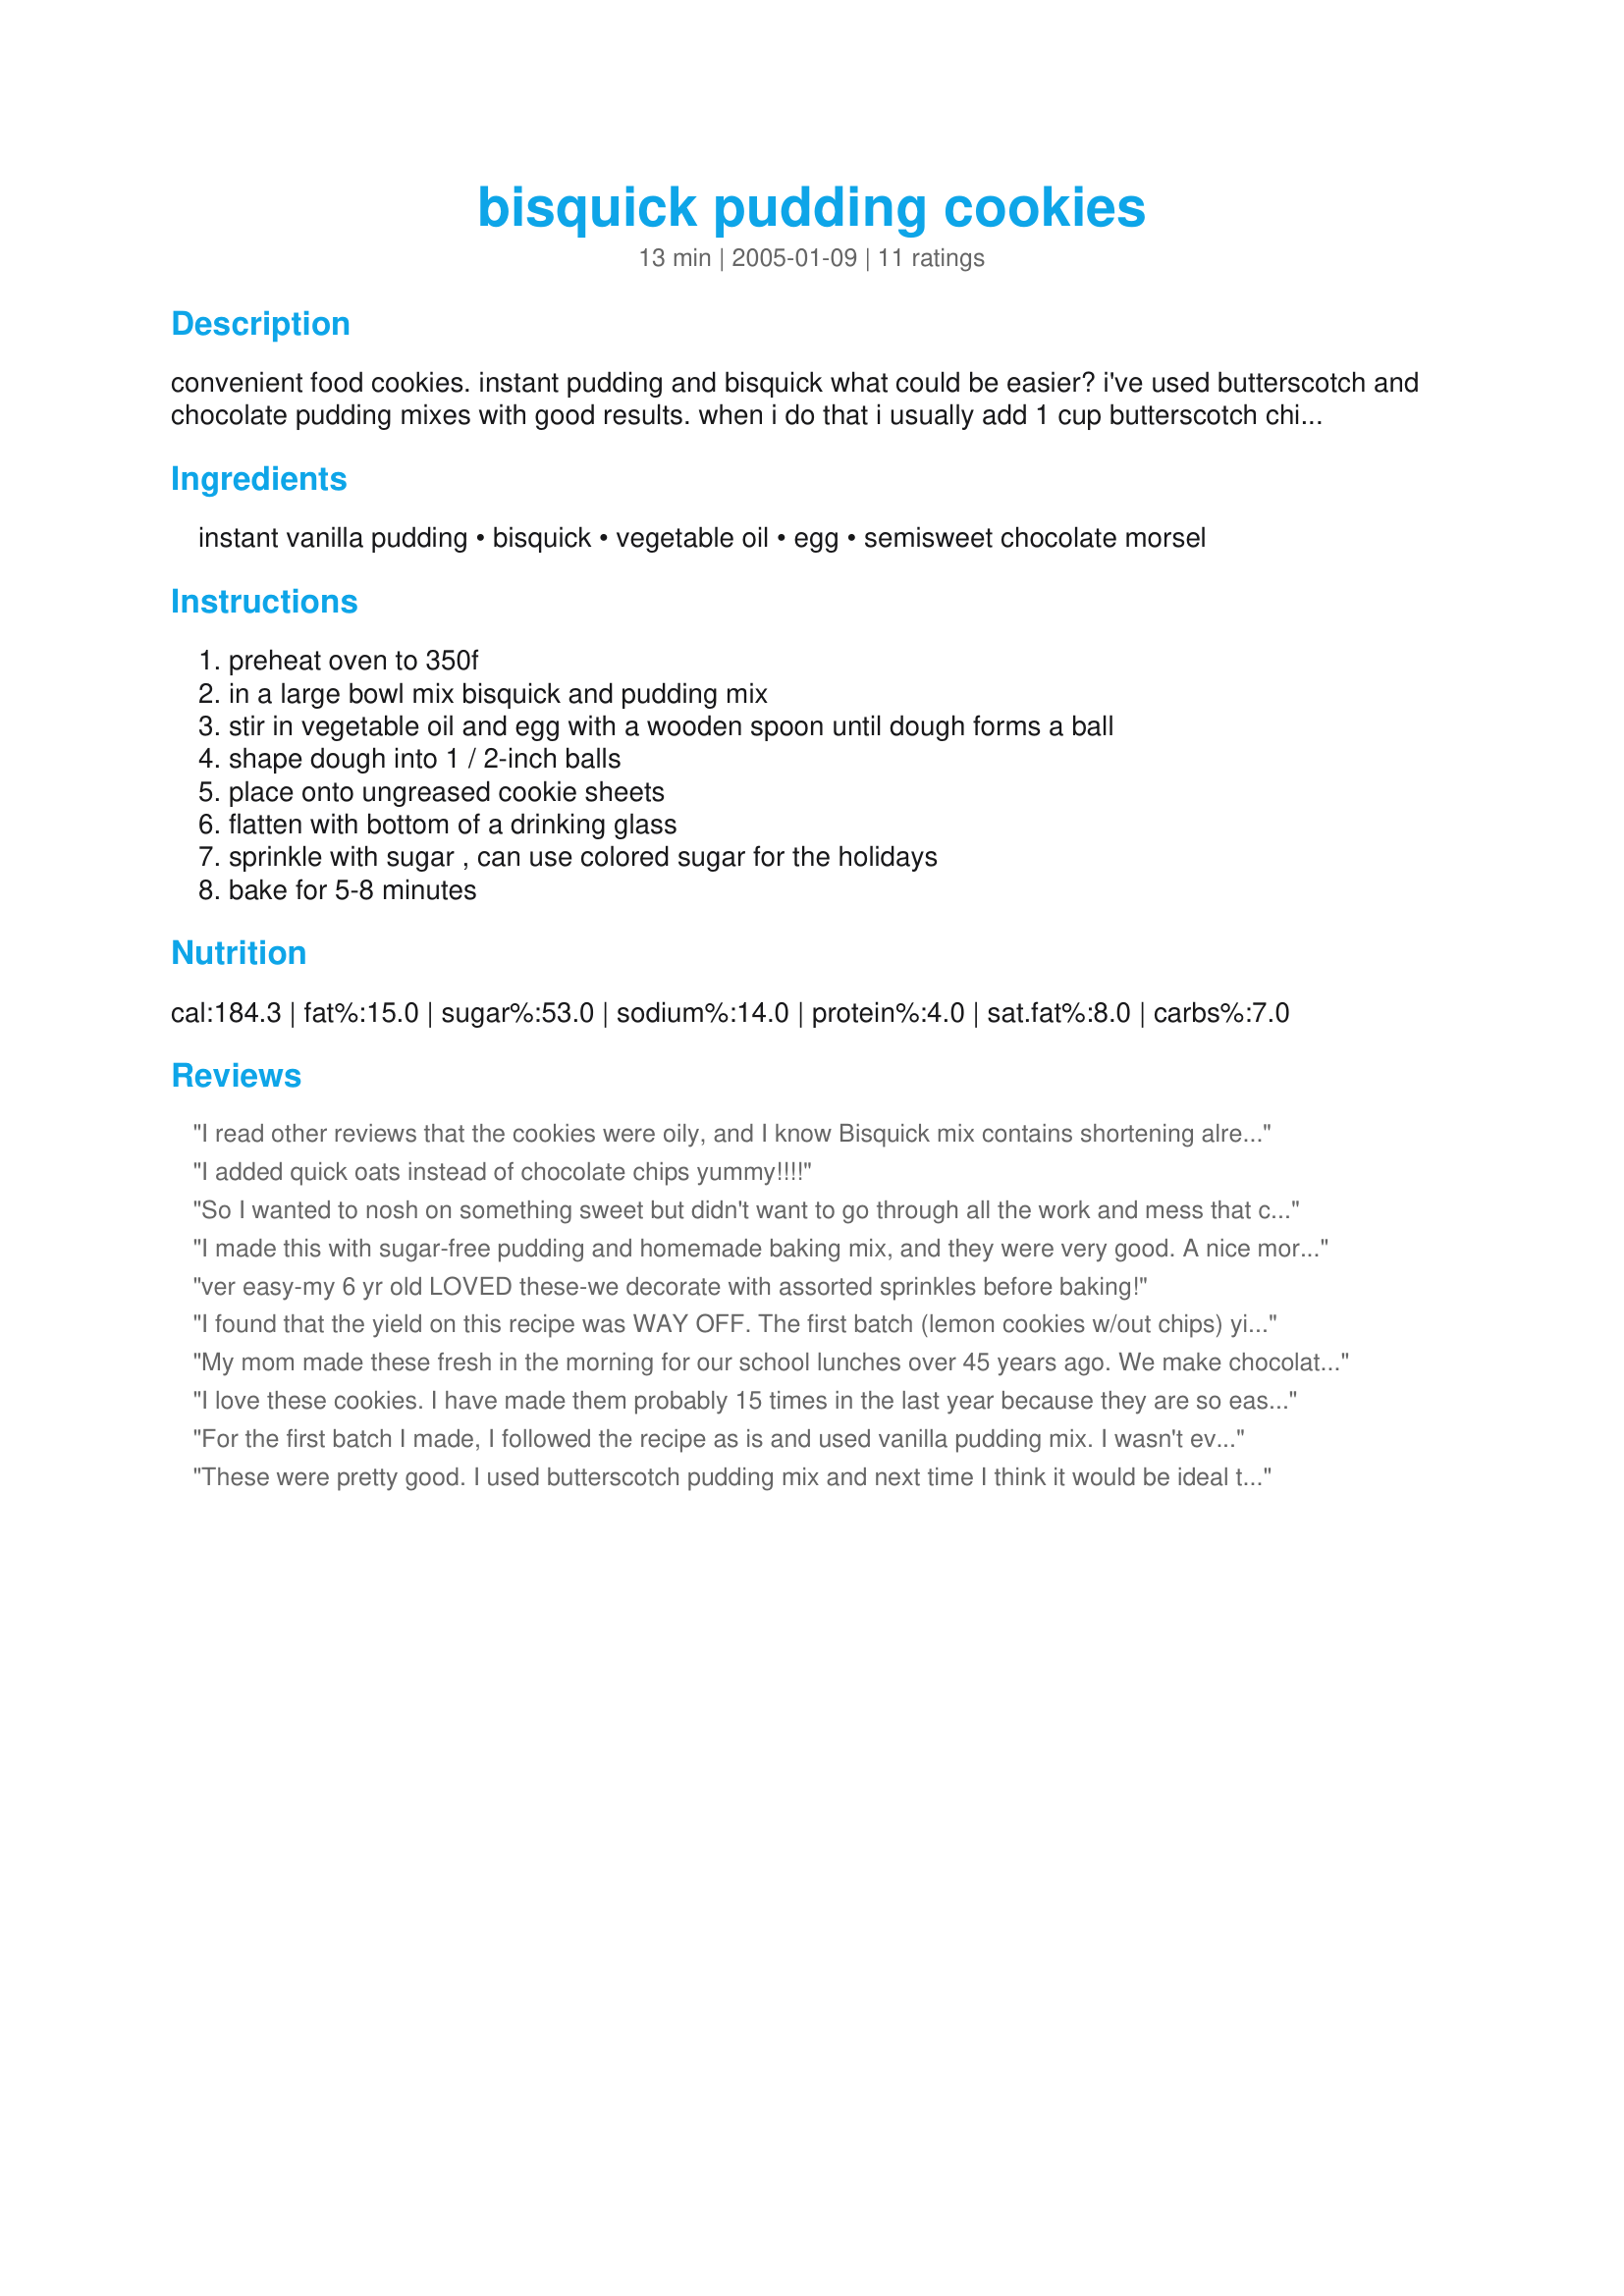
bisquick pudding cookies
Preparation time: 13 minutes

convenient food cookies. instant pudding and bisquick what could be easier? i've used butterscotch and chocolate pudding mixes with good results. when i do that i usually add 1 cup butterscotch chips or semi-sweet morsels.

Ingredients:
instant vanilla pudding, bisquick, vegetable oil, egg, semisweet chocolate morsel

Steps:
preheat oven to 350f, in a large bowl mix bisquick and pudding mix, stir in vegetable oil and egg with a wooden spoon until dough forms a ball, shape dough into 1 / 2-inch balls, place onto ungreased cookie sheets, flatten with bottom of a drinking glass, sprinkle with sugar , can use colored sugar for the holidays, bake for 5-8 minutes

Reviews:
I read other reviews that the cookies were oily, and I know Bisquick mix contains shortening already, so I cut most of the additional oil. I put one tbsp of vegetable oil in my 1/4 cup measure and filled the rest with light vanilla soymilk. I also used fat free/sugar free pudding as this is what I had. I followed the rest of the directions and baked for about 13 minutes. The cookies are a pretty golden yellow and pretty tasty, though next time I think I will use whole milk instead of soy; overall pretty good though!
I added quick oats instead of chocolate chips yummy!!!!
So I wanted to nosh on something sweet but didn't want to go through all the work and mess that comes with making cookies. Saw this recipe, read the reviews and thought hey why not try it, if it fails it's not a big loss. 1st off I liked the idea of only using 1/8 cup of oil (I used coconut oil) and 1/8 cup milk. 2nd I used instant chocolate pudding (it's what I had). 3rd I added 1 tsp vanilla extract (to offset the chocolate). 4th instead of chocolate chips I only had peanut butter chips, but i only used 1/2 cup. I used a 1 inch scoop, the batch made 12 cookies. Yes you have to flatten them bcuz it doesn't have any butter, duh. I baked it for 10 minutes. Yes they were a little dry but what do you expect with only 1/8 cup of oil. Go get a cup of milk, you'll be fine. I will def try this recipe again and play with the flavors. But all in all it was quick, easy to make and good to eat! Not too sweet and great with a cup of milk.
I made this with sugar-free pudding and homemade baking mix, and they were very good. A nice morsel to satisfy a brownie craving in a diabetes safe way.

I would suggest using butter instead of the oil, for flavor, if you have it. The cookie will be flakier, but will have a nicer taste.
ver easy-my 6 yr old LOVED these-we decorate with assorted sprinkles before baking!
I found that the yield on this recipe was WAY OFF. The first batch (lemon cookies w/out chips) yielded eight cookies. The next batch (chocolate w/white choco chips) yielded nine. Other than the obvious error in the yield, it probably would be a fun project with kids, and very adaptable.
My mom made these fresh in the morning for our school lunches over 45 years ago. We make chocolate, butterscotch, lemon and pistachio (when you can find it). Lemon is my favorite especially when made with lemon zest. I try to use the low fat mix and halve the oil, substituting skim milk for the rest of the liquid. Today I found Gingerbread and Candy Cane puddings. I made the Candy Cane and used crushed peppermint sticks, very tasty. My mom would have loved them.
I love these cookies. I have made them probably 15 times in the last year because they are so easy. I like the vanilla the best. I always use the heart smart bisquick which I think it lighter and I still use the 1/4 of a cup of oil. I don't think they turn out too oily. I have never made them with the chocolate chips. It gives me about 12 medium sized cookies. The only thing is that I have had to bake them for longer. 10-11 minutes.
For the first batch I made, I followed the recipe as is and used vanilla pudding mix. I wasn't even able to get two dozen cookies, they took more than ten minutes to cook - I stopped counting - and the end result was way too oily for me. The flavor was merely alright - nothing special. For my second batch, using white chocolate mix, I reduced the oil slightly and stirred in a cup of chocolate chips. That helped me stretch the recipe to about two dozen cookies, but there were actually too many chips and I had problems holding some of them together into cookie forms. These took a little longer to cook, but had a better flavor and were less oily.
These were pretty good. I used butterscotch pudding mix and next time I think it would be ideal to add some butterscotch chocolate chips to the recipe!(also chocolate pudding with chocolate chips and vanilla pudding with white chocolate chips would probly be great too!)
Thanks for the recipe!
Like a previous reviewer, I found these cookies too oily for my liking. Also, the cookies really didn't spread out much and seemed more like a sweet English biscuit than an American cookie (and not a good one, at that). 

Also, I added the additional chips (only half a cup)to my mixture and it was way to crumbly (yet greasy) to form balls so I ended up doubling the mixture but keeping only 1/2 cup chips in the dough.
